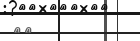
٣٩